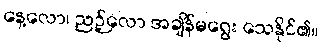
နေ့လော၊ ညဉ့်လော အချိန်မရွေး သေနိုင်၏။